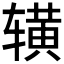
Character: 𬨒